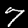
Digit: 7